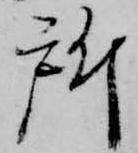
所